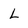
Character: L